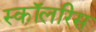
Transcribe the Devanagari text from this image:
स्कॉलरिस